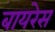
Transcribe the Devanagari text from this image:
बायरेस